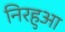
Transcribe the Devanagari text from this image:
निरहुआ